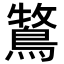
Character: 𮬾